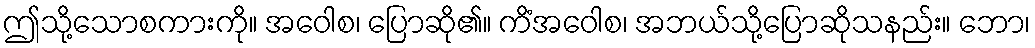
ဤသို့သောစကားကို။ အဝေါစ၊ ပြောဆို၏။ ကိံအဝေါစ၊ အဘယ်သို့ပြောဆိုသနည်း။ ဘော၊